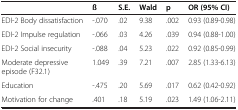
|  | ß | S.E. | Wald | p | OR (95% CI) |
 | --- | --- | --- | --- | --- | --- |
 | EDI-2 Body dissatisfaction | -.070 | .02 | 9.38 | .002 | 0.93 (0.89-0.98) |
 | EDI-2 Impulse regulation | -.066 | .03 | 4.26 | .039 | 0.94 (0.88-1.00) |
 | EDI-2 Social insecurity | -.088 | .04 | 5.23 | .022 | 0.92 (0.85-0.99) |
 | Moderate depressive episode (F32.1) | 1.049 | .39 | 7.21 | .007 | 2.85 (1.33-6.13) |
 | Education | -.475 | .20 | 5.69 | .017 | 0.62 (0.42-0.92) |
 | Motivation for change | .401 | .18 | 5.19 | .023 | 1.49 (1.06-2.11) |